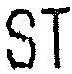
ST